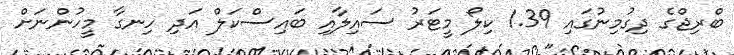
ބްރިޖްގެ ދިގުމިނުގައި 1.39 ކިލޯ މީޓަރު ސައިލާއި ބައިސްކަލް އަދި ހިނގާ މީހުންނަށް